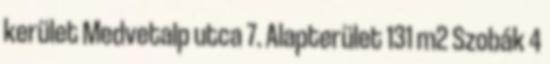
kerület Medvetalp utca 7. Alapterület 131 m2 Szobák 4